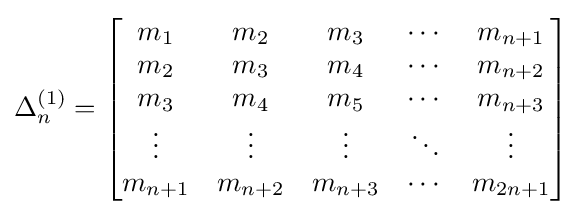
\Delta _{n}^{(1)}=\left[{\begin{matrix}m_{1}&m_{2}&m_{3}&\cdots &m_{n+1}\\m_{2}&m_{3}&m_{4}&\cdots &m_{n+2}\\m_{3}&m_{4}&m_{5}&\cdots &m_{n+3}\\\vdots &\vdots &\vdots &\ddots &\vdots \\m_{n+1}&m_{n+2}&m_{n+3}&\cdots &m_{2n+1}\end{matrix}}\right]